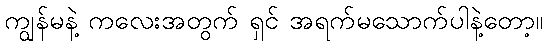
ကျွန်မနဲ့ ကလေးအတွက် ရှင် အရက်မသောက်ပါနဲ့တော့။